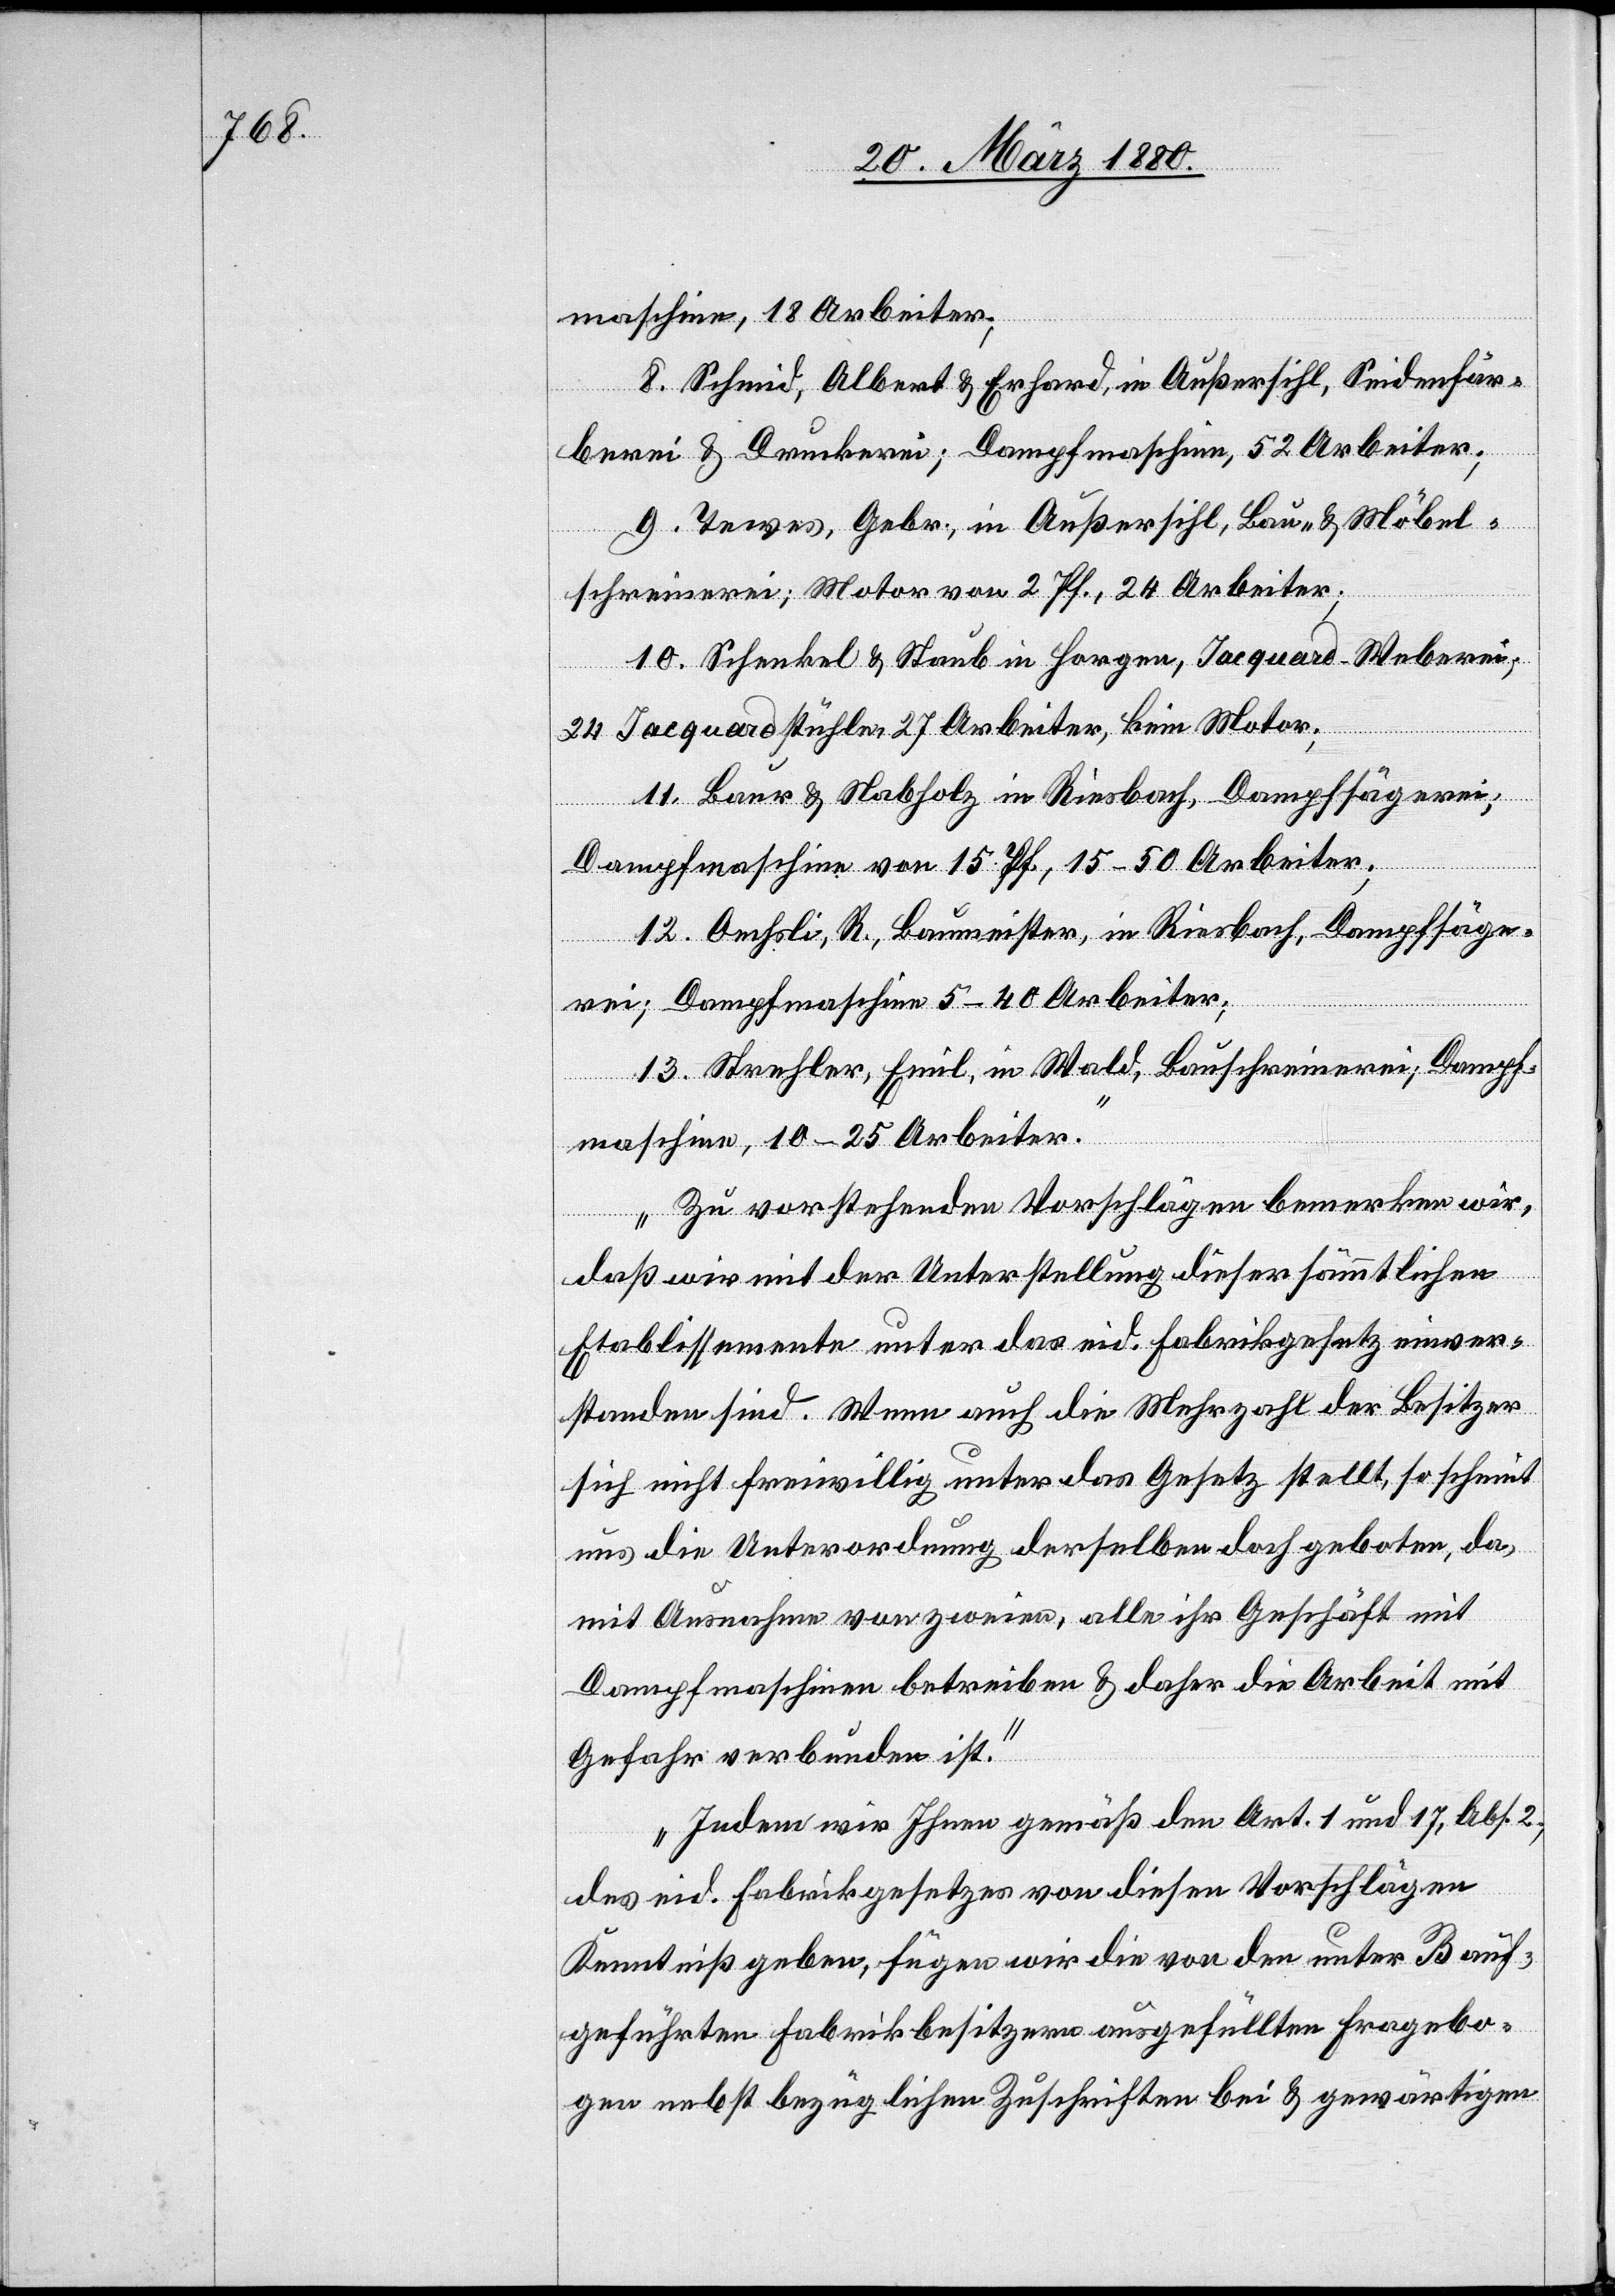
maschine, 18 Arbeiter;
8. Schmid, Albert & Erhard, in Außersihl, Seidenfär¬
berei & Druckerei; Dampfmaschine, 52 Arbeiter;
9. Tewes, Gebr., in Außersihl, Bau- & Möbel¬
schreinerei; Motor von 2 Pf., 24 Arbeiter;
10. Schenkel & Staub in Horgen, Jacquard-Weberei,
24 Jacquardstühle, 27 Arbeiter, kein Motor;
11. Baur & Nabholz in Riesbach, Dampfsägerei;
Dampfmaschine von 15 Pf., 15–50 Arbeiter;
12. Oechsli, R., Baumeister, in Riesbach, Dampfsäge¬
rei; Dampfmaschine 5–40 Arbeiter;
13. Strehler, Emil, in Wald, Bauschreinerei; Dampf¬
maschine, 10–25 Arbeiter.
Zu vorstehenden Vorschlägen bemerken wir,
daß wir mit der Unterstellung dieser sämmtlichen
Etablissemente unter das eid. Fabrikgesetz einver¬
standen sind. Wenn auch die Mehrzahl der Besitzer
sich nicht freiwillig unter das Gesetz stellt, so scheint
und die Unterordnung derselben doch geboten, da
mit Ausnahme von zweien, alle ihr Geschäft mit
Dampfmaschine betreiben & daher die Arbeit mit
Gefahr verbunden ist.
Indem wir Ihnen gemäß den Art. 1 und 17, Abs. 2.,
des eid. Fabrikgesetzes von diesen Vorschlägen
Kenntniß geben, fügen wir die von den unter B auf¬
geführten Fabrikbesitzern ausgefüllten Fragebo¬
gen nebst bezüglichen Zuschriften bei & gewärtigen